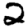
Digit: 2